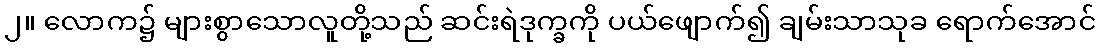
၂။ လောက၌ များစွာသောလူတို့သည် ဆင်းရဲဒုက္ခကို ပယ်ဖျောက်၍ ချမ်းသာသုခ ရောက်အောင်